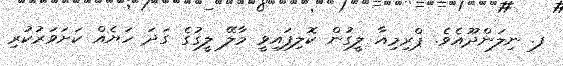
ފ. ނިލަންދޫއެވެ. ޕްރިމިއާ ލީގުން ކޮލިފައިވީ މާލޭ ލީގުގެ ގަދަ ހަޔެއް ކަށަވަރުކުރި